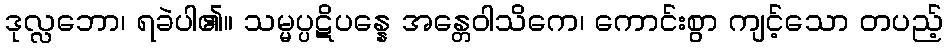
ဒုလ္လဘော၊ ရခဲပါ၏။ သမ္မပ္ပဋိပန္နေ အန္တေဝါသိကေ၊ ကောင်းစွာ ကျင့်သော တပည့်